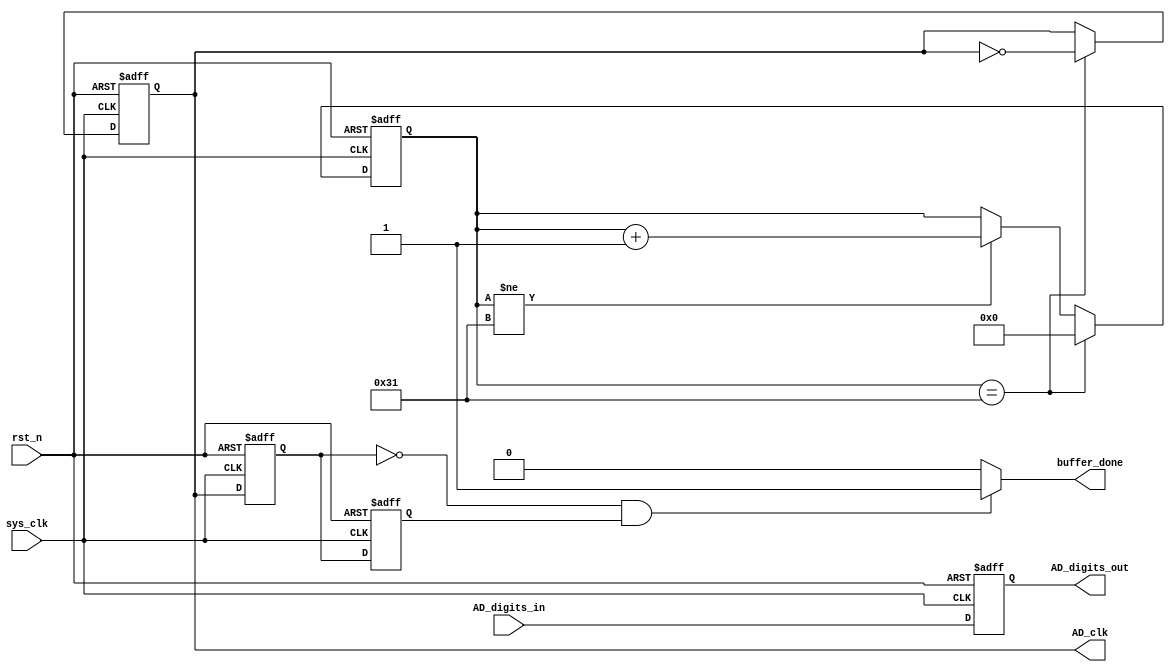
`timescale 1ns / 1ps
//////////////////////////////////////////////////////////////////////////////////
// Company: 
// Engineer: 
// 
// Design Name: 
// Module Name: AD_converter
// Project Name: 
// Target Devices: 
// Tool Versions: 
// Description: 
// 
// Dependencies: 
// 
// Revision:
// Revision 0.01 - File Created
// Additional Comments:
// 
//////////////////////////////////////////////////////////////////////////////////


module AD_converter(
	input wire sys_clk,            // -- sys_clk = 100MHz
	input wire rst_n,
	input wire [7:0] AD_digits_in,
	output reg AD_clk,
	output reg [7:0] AD_digits_out,
	output wire buffer_done
    );
    
    parameter AD_clk_max_cnt = 49;    // -- 1MHz clock counter parameter
    
    reg [31:0] AD_clk_cnt;
    reg AD_clk_pos_detect_r0;
    reg AD_clk_pos_detect_r1;
    wire AD_clk_neg_detect;
    
    initial begin
    	AD_clk_cnt <= 32'd0;
    	AD_clk <= 1'b0;
        AD_clk_pos_detect_r0 <= 1'b0;
        AD_clk_pos_detect_r1 <= 1'b0;
    end
    
    // -- AD_clock negedge detect
    assign AD_clk_neg_detect = (!AD_clk_pos_detect_r0 && 
                                 AD_clk_pos_detect_r1) ? 1'b1: 1'b0;
    always @ (posedge sys_clk or negedge rst_n) begin
    	if (!rst_n) begin
    		AD_clk_pos_detect_r0 <= 1'b0;
    	    AD_clk_pos_detect_r1 <= 1'b0;
    	end
    	else begin
    		AD_clk_pos_detect_r0 <= AD_clk;
    		AD_clk_pos_detect_r1 <= AD_clk_pos_detect_r0;
    	end
    end
    
    // -- 1MHz clock generator
    always @ (posedge sys_clk or negedge rst_n) begin
    	if (!rst_n) begin
    		AD_clk_cnt <= 32'd0;
    		AD_clk <= 1'b0;
    	end
    	else if (AD_clk_cnt == AD_clk_max_cnt) begin
    		AD_clk_cnt <= 32'd0;
    		AD_clk <= ~ AD_clk;
    	end
    	else if (AD_clk_cnt != AD_clk_max_cnt) begin
    		AD_clk_cnt <= AD_clk_cnt + 1;
    	end
    end
    
    // -- synchronize data
    always @ (posedge sys_clk or negedge rst_n) begin
    	if (!rst_n) begin
    		AD_digits_out <= 8'd0;
    	end
    	else begin
    		AD_digits_out <= AD_digits_in;
    	end
    end
    
    // -- buffer done flag
    assign buffer_done = AD_clk_neg_detect;
    
endmodule